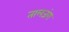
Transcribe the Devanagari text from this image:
तालजंग